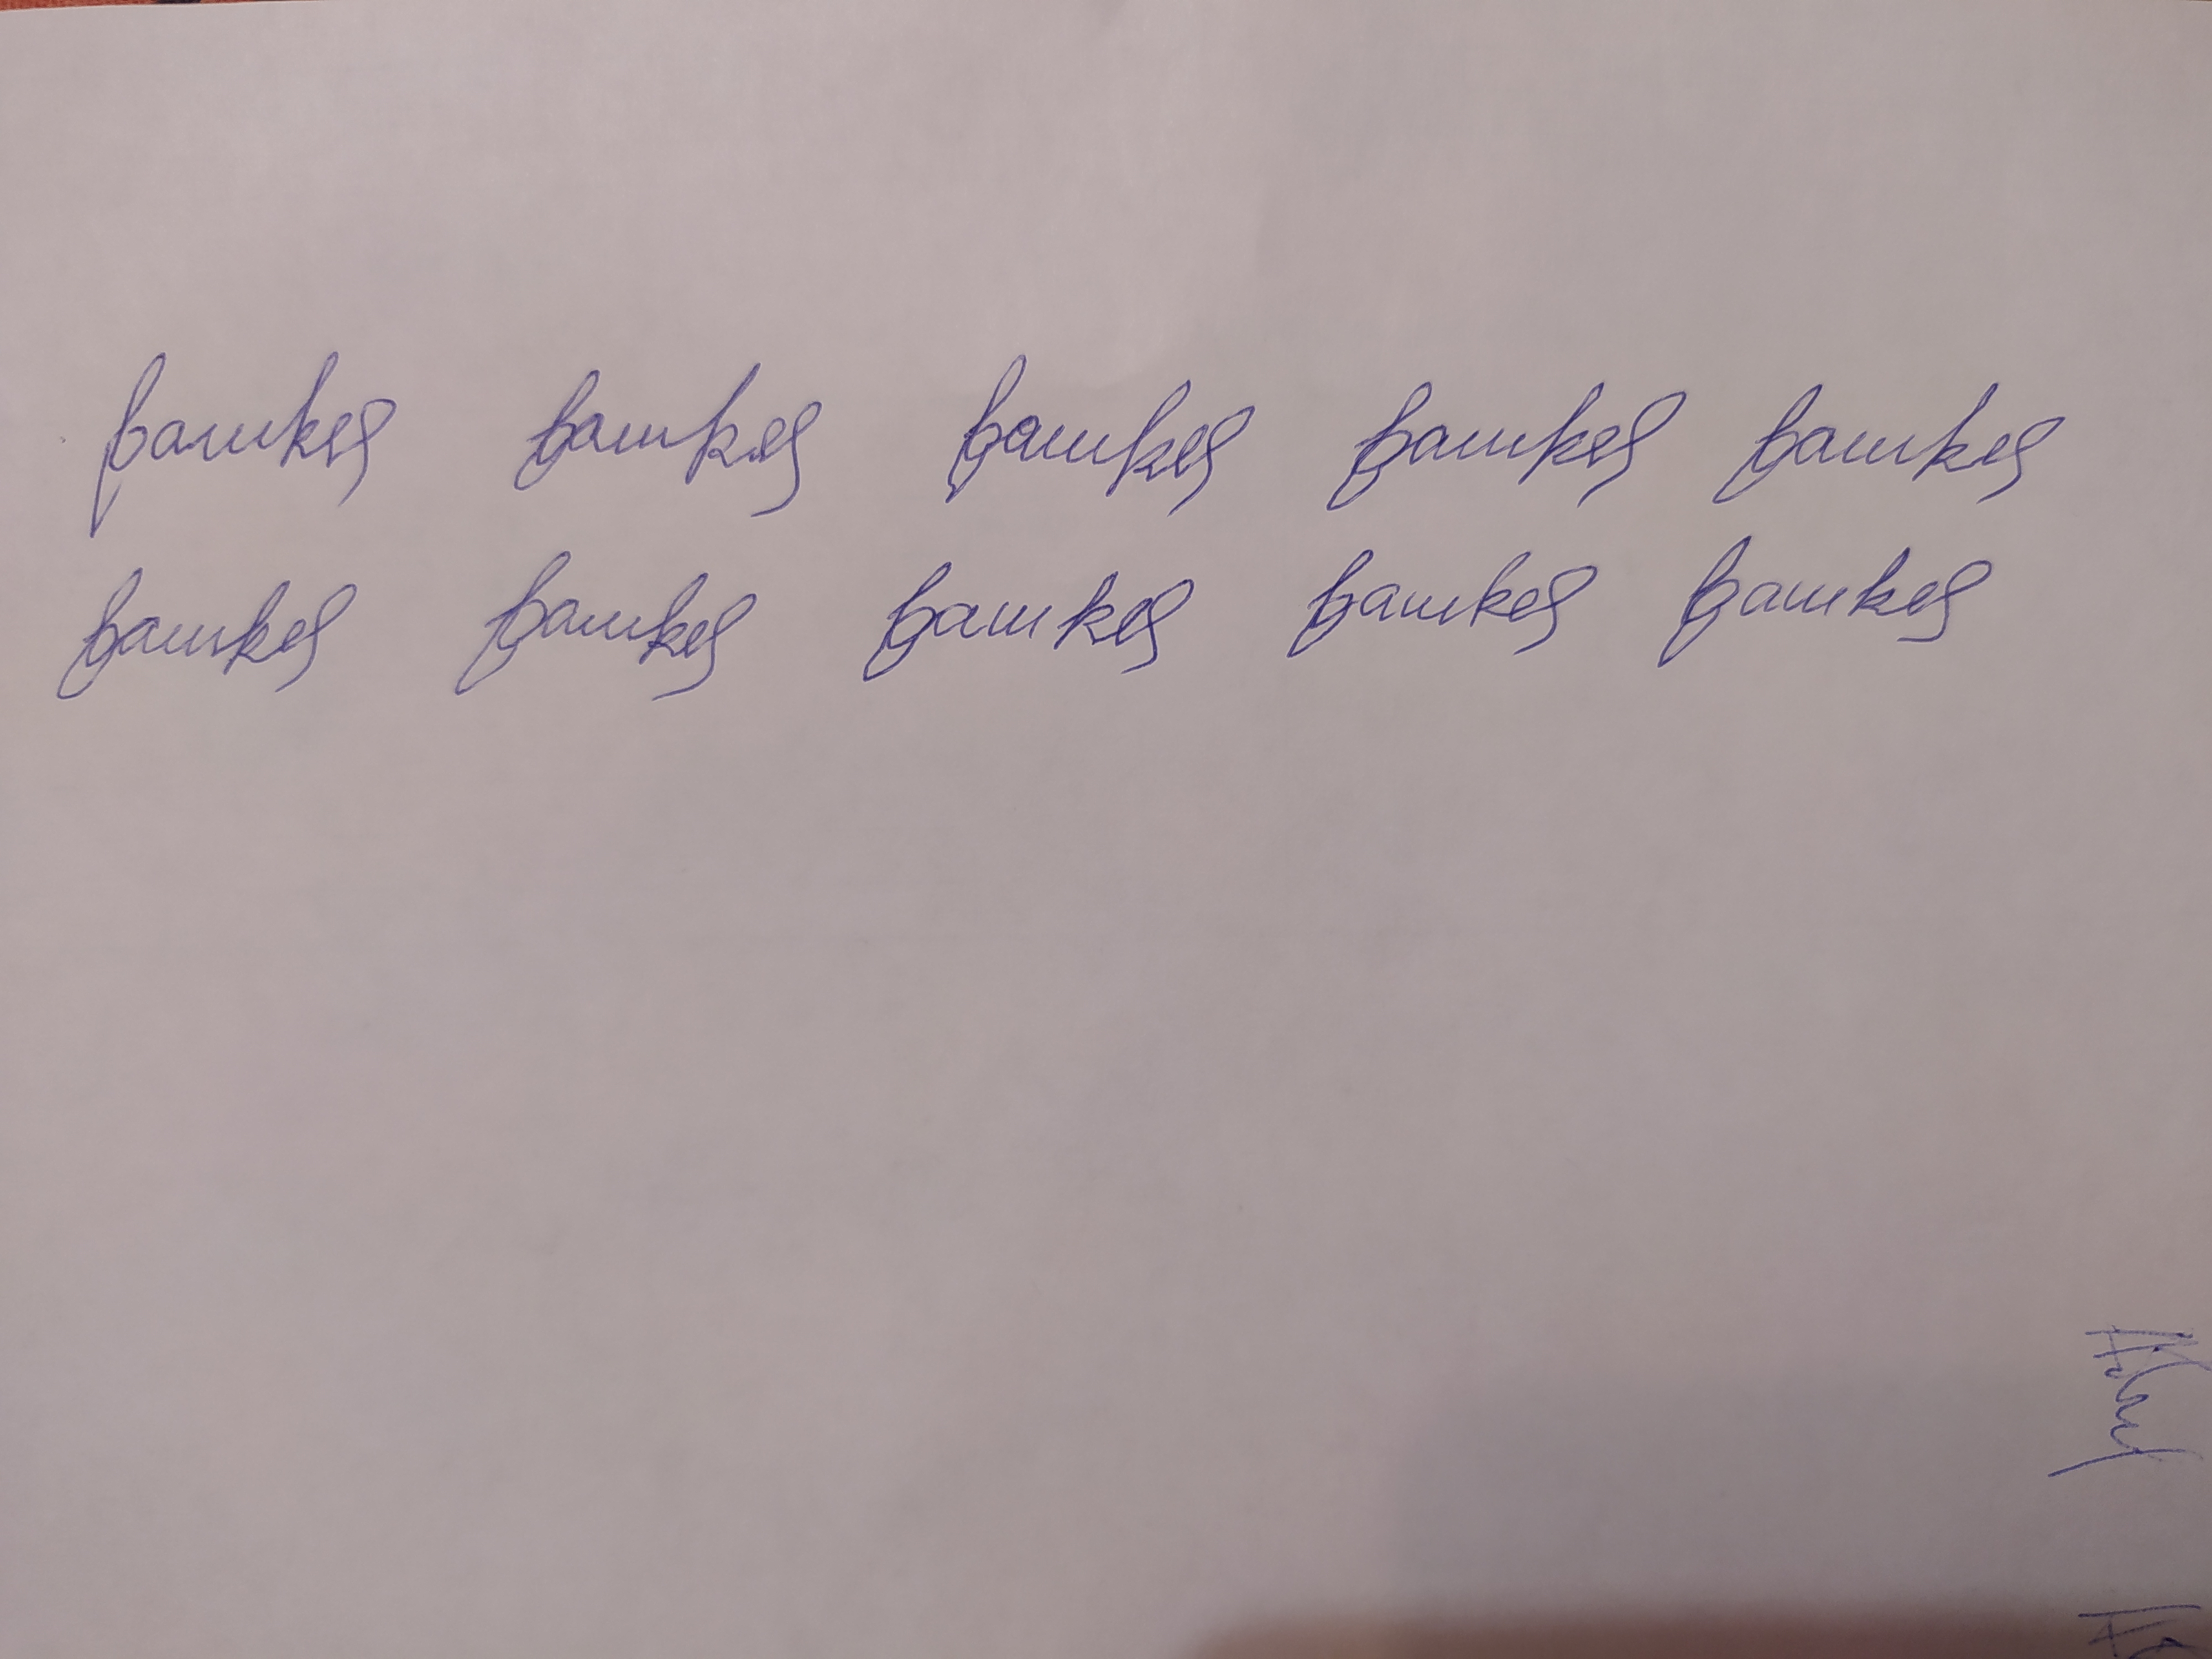
Signature authenticity: forged